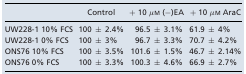
|  | Control | + 10 μm (−)EA | + 10 μm AraC |
 | --- | --- | --- | --- |
 | UW228‐1 10% FCS | 100 ± 2.4% | 96.5 ± 3.1% | 61.9 ± 4% |
 | UW228‐1 0% FCS | 100 ± 3% | 96.7 ± 3.3% | 70.7 ± 4.2% |
 | ONS76 10% FCS | 100 ± 3.5% | 101.6 ± 1.5% | 46.7 ± 2.14% |
 | ONS76 0% FCS | 100 ± 3.3% | 100.3 ± 4.6% | 66.9 ± 2.7% |